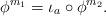
LaTeX: \begin{align*}\phi^{m_1} = \iota_a \circ \phi^{m_2}.\end{align*}